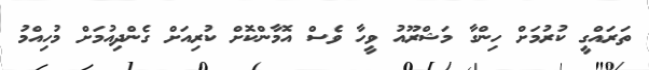
ތަރައްގީ ކުރުމަށް ހިންގާ މަޝްރޫއު ވީހާ ވެސް އޮމާންކޮށް ކުރިއަށް ގެންދިއުމަށް މުހިއްމު